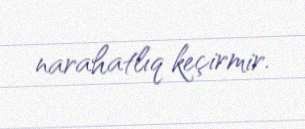
narahatlıq keçirmir.